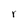
Character: r